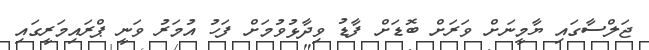
ޖަލްސާގައި ޔާމީނަށް ވަރަށް ބޮޑަށް ފާޑު ވިދާޅުވުމަށް ފަހު އުމަރު ވަނީ ޕްރައިމަރީގައި